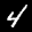
Label: 4